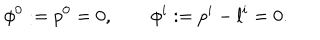
\phi ^ { 0 } : = p ^ { 0 } = 0 , \qquad \phi ^ { i } : = p ^ { i } - l ^ { i } = 0 .